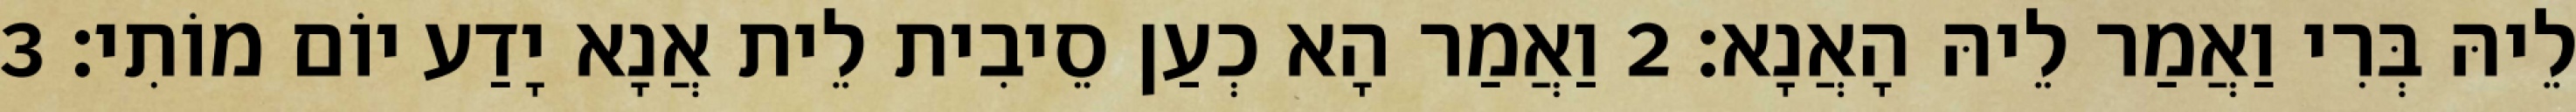
לֵיהּ בְּרִי וַאֲמַר לֵיהּ הָאֲנָא׃ 2 וַאֲמַר הָא כְעַן סֵיבִית לֵית אֲנָא יָדַע יוֹם מוֹתִי׃ 3